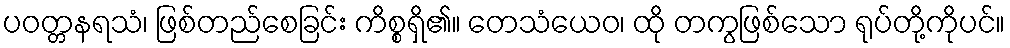
ပဝတ္တနရသံ၊ ဖြစ်တည်စေခြင်း ကိစ္စရှိ၏။ တေသံယေဝ၊ ထို တကွဖြစ်သော ရုပ်တို့ကိုပင်။